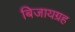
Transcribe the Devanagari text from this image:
बिजायग्रह